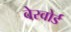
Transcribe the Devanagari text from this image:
वेरवोर्ड